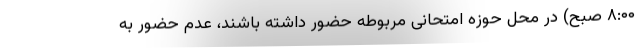
۸:۰۰ صبح) در محل حوزه امتحانی مربوطه حضور داشته باشند، عدم حضور به